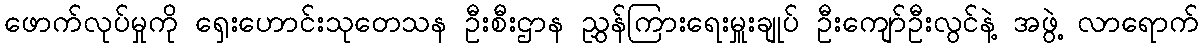
ဖောက်လုပ်မှုကို ရှေးဟောင်းသုတေသန ဦးစီးဌာန ညွှန်ကြားရေးမှူးချုပ် ဦးကျော်ဦးလွင်နဲ့ အဖွဲ့ လာရောက်